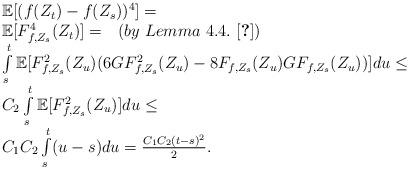
LaTeX: \begin{align*}\begin{array}{l}\mathbb{E}[(f(Z_t)-f(Z_s))^4]=\\\mathbb{E}[F_{f,Z_s}^4(Z_t)]= \ \ (by \ Lemma \ 4.4. \ \cite{DGP12})\\\int\limits_s^t\mathbb{E}[F_{f,Z_s}^2(Z_u)(6GF_{f,Z_s}^2(Z_u)-8F_{f,Z_s}(Z_u)GF_{f,Z_s}(Z_u))]du\leq\\C_2\int\limits_s^t \mathbb{E}[F_{f,Z_s}^2(Z_u)]du\leq\\C_1C_2\int\limits_s^t(u-s)du=\frac{C_1C_2(t-s)^2}{2}.\end{array}\end{align*}